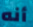
أنه